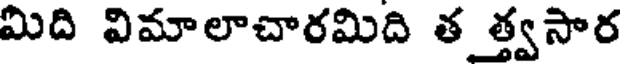
మిది విమాలాచారమిది తత్త్వసార